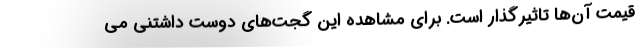
قیمت آن‌ها تاثیرگذار است. برای مشاهده این گجت‌های دوست داشتنی می‌